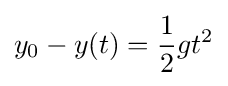
y_{0}-y(t)={\frac {1}{2}}gt^{2}